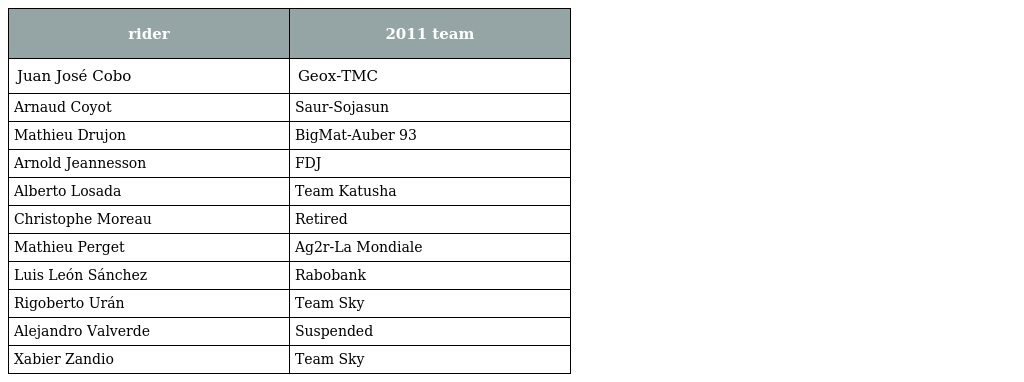
| rider | 2011 team |
 | --- | --- |
 | Juan José Cobo | Geox-TMC |
 | Arnaud Coyot | Saur-Sojasun |
 | Mathieu Drujon | BigMat-Auber 93 |
 | Arnold Jeannesson | FDJ |
 | Alberto Losada | Team Katusha |
 | Christophe Moreau | Retired |
 | Mathieu Perget | Ag2r-La Mondiale |
 | Luis León Sánchez | Rabobank |
 | Rigoberto Urán | Team Sky |
 | Alejandro Valverde | Suspended |
 | Xabier Zandio | Team Sky |